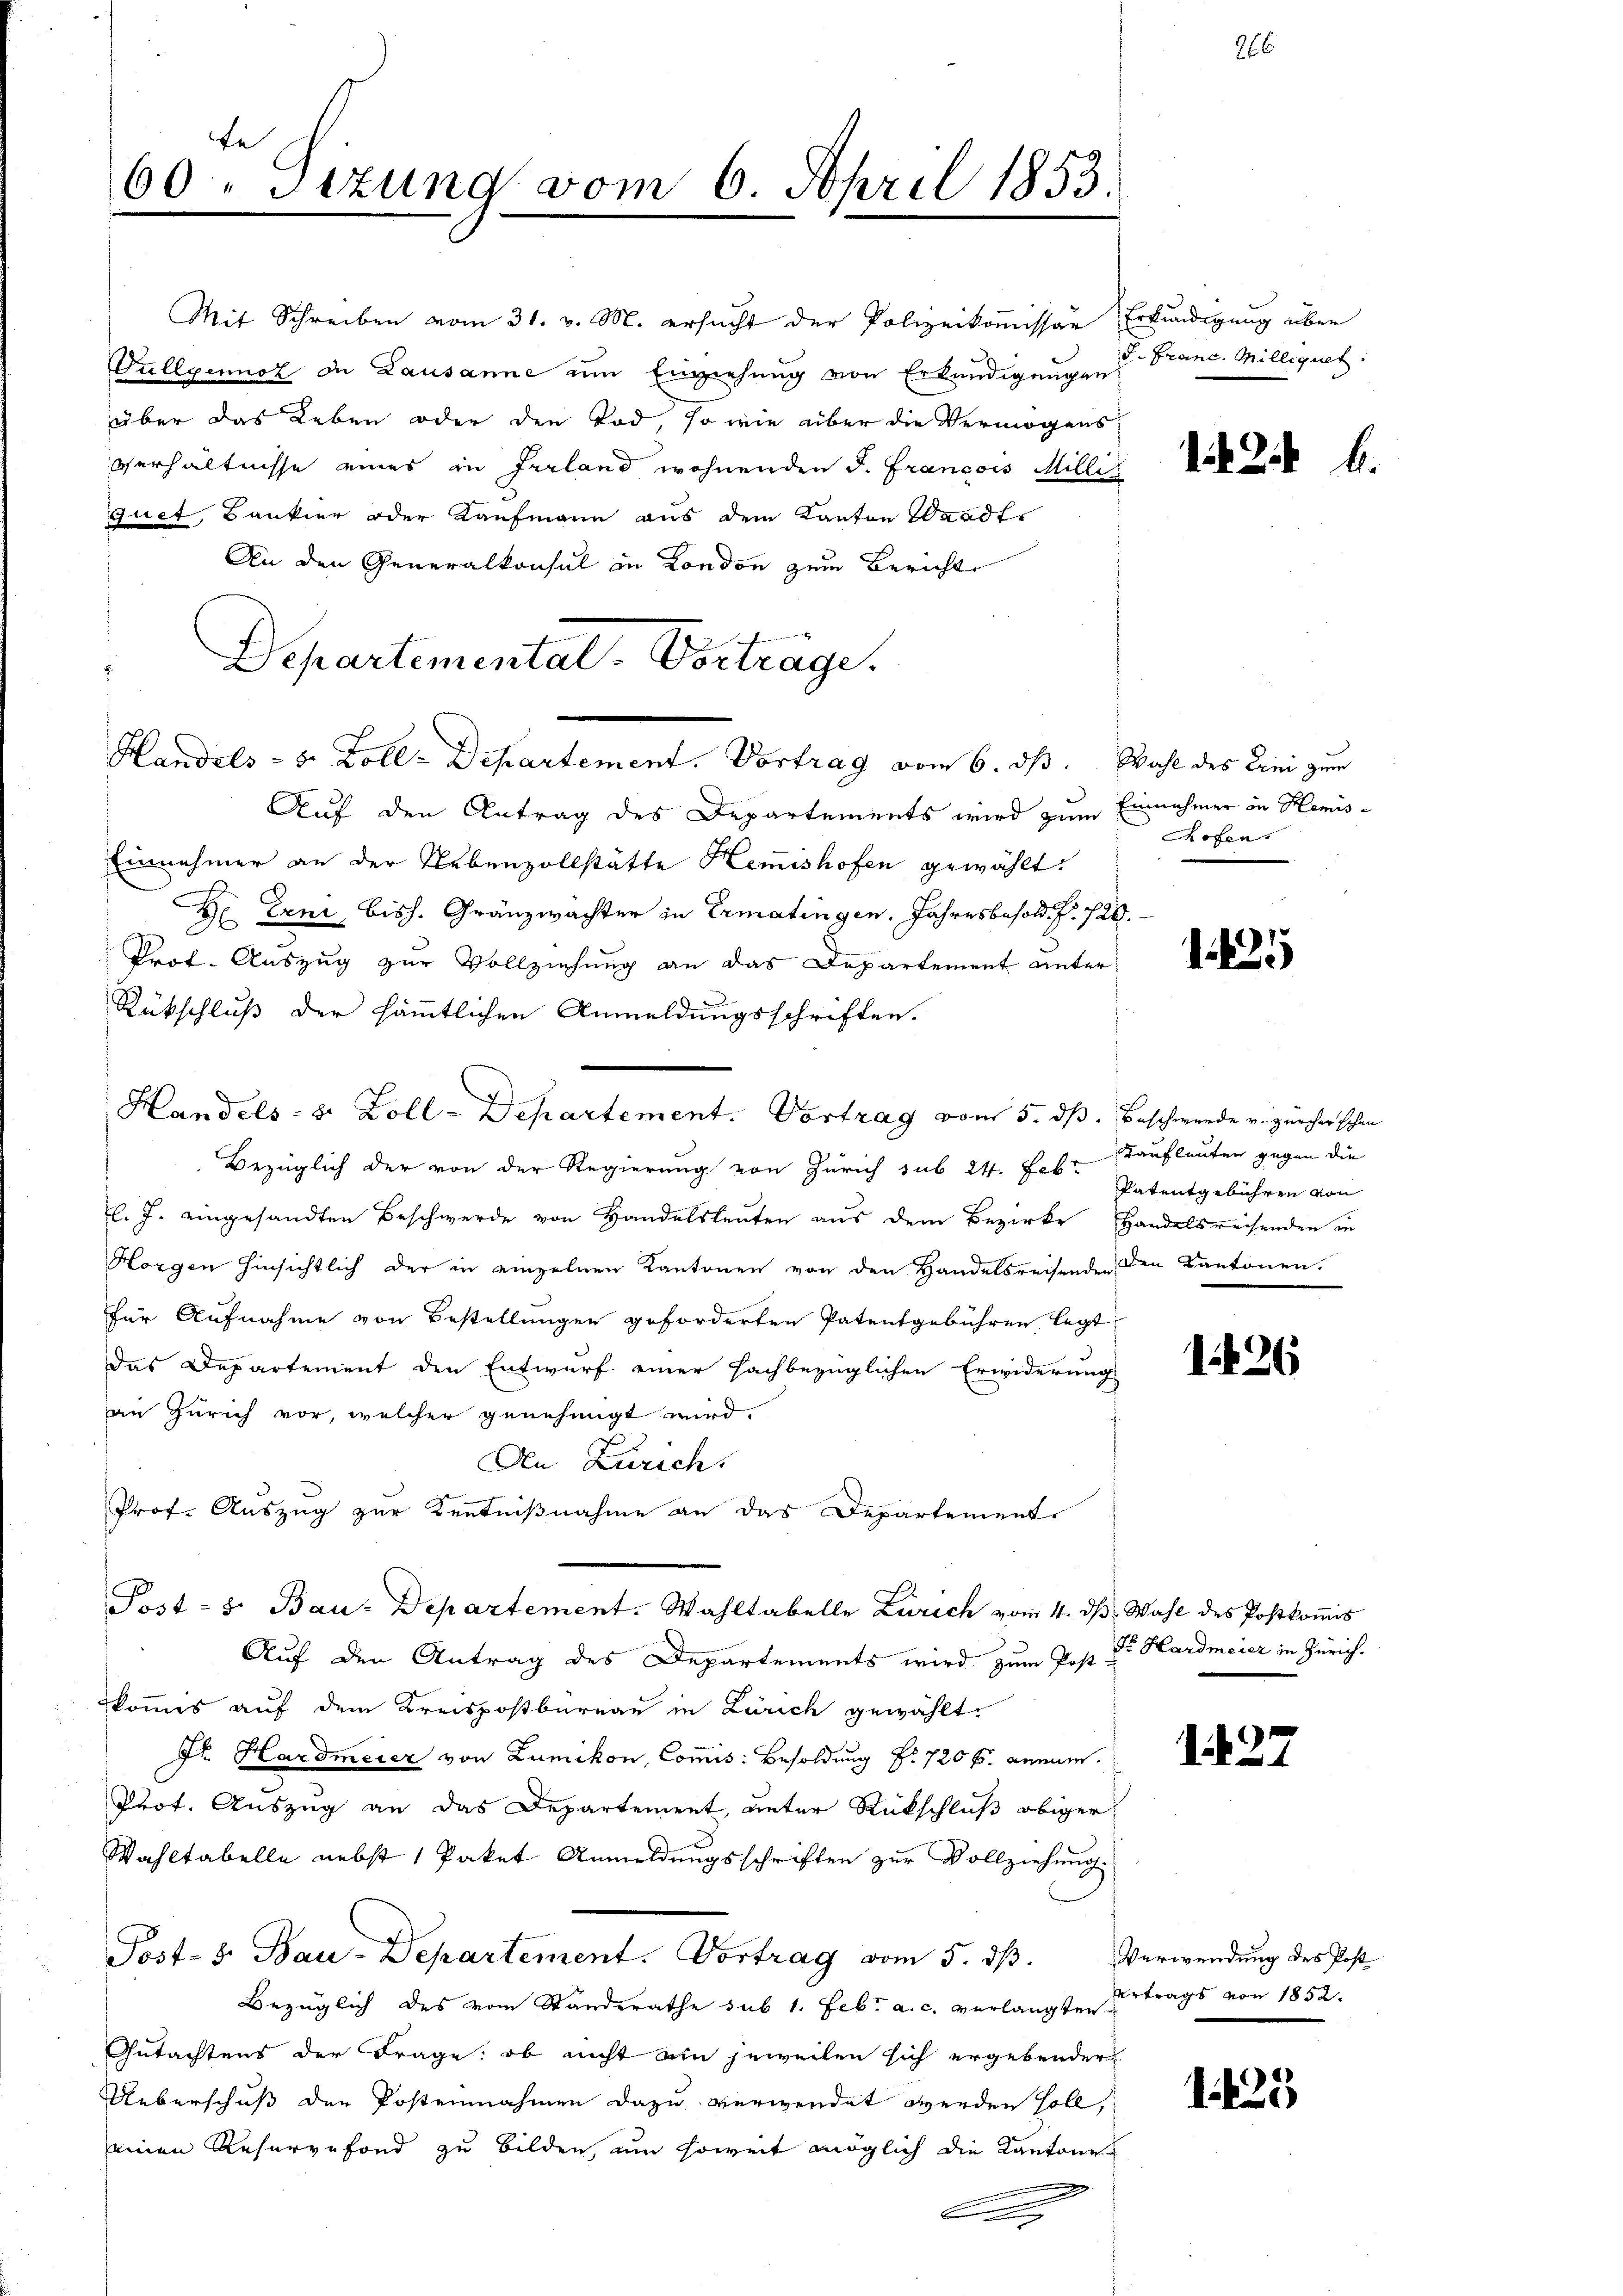
te
60. Sizung vom 6. April 1853.

Mit Schreiben vom 31. v. M. ersŭcht der Polizeikoṁissar Erkundigung über
Füllgenoz in Lausanne um Einziehung von Erkundigungen
über das Leben oder den Tod, so wie über die Vermögens
verhältnisse eines in Irrland wohnenden J. Francois Milli
quet, Bankier oder Kaufmann aus dem Kanton Waadt,
An den Generalkonsul in London zum Bericht
Auf den Antrag des Departements wird zum Einnehmer in Hemis¬
Einnehmer an der Nebenzollstätte Hemishofen gewählt:
De Erni, bish. Gränzwachter in Ermatingen. Jahresbesold. P. 120.
Prof. Auszug zur Vollziehung an das Departement unter
Rückschluß der sämmtlichen Anmeldungsschriften.
Bezüglich der von der Regierung von Zürich sub 24. Feb. Kaufleuten gegen die
l. J. eingesandten Beschwerde von Handelsleuten aus dem Bezirke Handelsreisenden in
Horgen hinsichtlich der in einzelnen Kantonen von den Handelsreisenden den Kantonen,
für Aufnahme von Bestellungen geforderten Patentgebühren, legt
Das Departement den Entwurf einer fachbezüglichen Erwiderung
an Zürich vor, welcher genehmigt wird.
Den Zürich.
Prof. Auszug zur Kentnißnahme an das Departement
Post - 5. Bau-Departement. Wahltabelle Zürich vom 4. dβ. Wahl des Postkoṁis
Auf den Antrag des Departements wird zum Post Dr. Hardmeier in Zürich.
kommis auf dem Kreispostbureau in Zürich gewählt.
Jr. Hardmeier von Zumikon, Commis: Besoldung fr. 720 f. annie.
Prot. Auszug an das Departement, unter Rückschluß obiger
Wahltabelle nebst 1 Paket Anmeldungsschriften zur Vollziehung.
Post- u. Bau-Departement. Vortrag vom 5. dβ. Verwendung des Post
Bezüglich des vom Standerathe sub 1. Febr. a. c. verlangten
Gutachtens der Frage: ob nicht ain jeweilen sich ergebender
Ueberschuß der Postennahmen dazu verwendet werden soll,
einen Reservefond zu bilden, um soweit möglich die Kantone
a
.

Departemental-Vorträge.

d
Handels- & Zoll- Separtement. Vortrag vom 5. dß. Beschwerde v. Zürcher schon

Handels- u. Boll: Departement. Vortrag vom 6. ds. Wahl des Erni zum

J. Franc. Milliquet

12

Rofens

1425

Patentgebühren von

1426

142

ertrags von 1852.

1425

b.